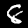
Digit: 8